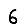
Digit: 6